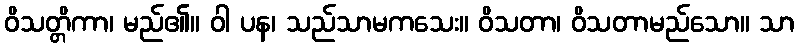
ဝိသတ္တိကာ၊ မည်၏။ ဝါ ပန၊ သည်သာမကသေး။ ဝိသတာ၊ ဝိသတာမည်သော။ သာ